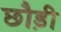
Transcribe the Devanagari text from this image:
छौड़ी